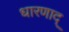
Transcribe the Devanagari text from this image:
धारणाद्